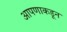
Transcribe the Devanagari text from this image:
आपणाकडून